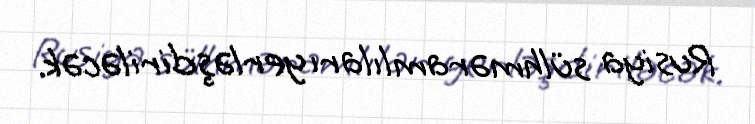
Rusiya sülhməramlıları yerləşdiriləcək.